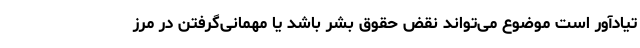
تیادآور است موضوع می‌تواند نقض حقوق بشر باشد یا مهمانی‌گرفتن در مرز